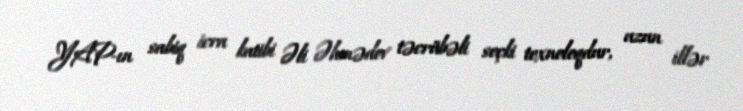
YAP-ın sabiq icra katibi Əli Əhmədov təcrübəli seçki texnoloqdur, uzun illər